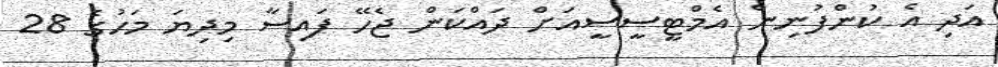
އަދި އެ ކުންފުނިން އެމްޓީސީސީއަށް ދައްކަން ޖެހޭ ފައިސާ މިދިޔަ މަހުގެ 28